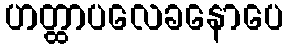
ဟတ္ထာပလေခနောပေ